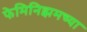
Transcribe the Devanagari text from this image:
फेमिनिझमच्या